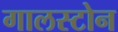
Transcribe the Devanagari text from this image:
गालस्टोन